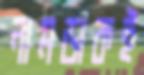
নামডাকই